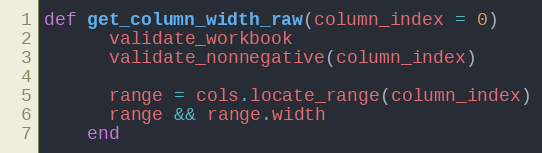
Language: Ruby
def get_column_width_raw(column_index = 0)
      validate_workbook
      validate_nonnegative(column_index)

      range = cols.locate_range(column_index)
      range && range.width
    end